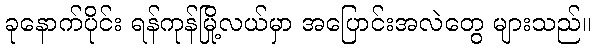
ခုနောက်ပိုင်း ရန်ကုန်မြို့လယ်မှာ အပြောင်းအလဲတွေ များသည်။